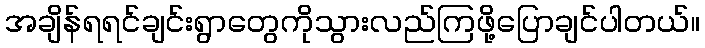
အချိန်ရရင်ချင်းရွာတွေကိုသွားလည်ကြဖို့ပြောချင်ပါတယ်။